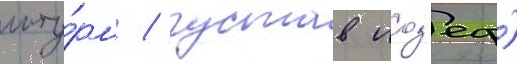
шту́рм / густав иоз'еф)